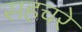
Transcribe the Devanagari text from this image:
सहचरे